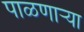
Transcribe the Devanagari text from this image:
पाळणार्‍या